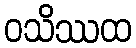
ဝသိဿထ